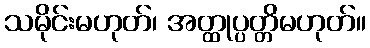
သမိုင်းမဟုတ်၊ အတ္ထုပ္ပတ္တိမဟုတ်။